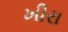
ખીરા